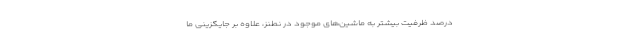
درصد ظرفیت بیشتر به ماشین‌های موجود در نطنز، علاوه بر جایگزینی ما